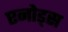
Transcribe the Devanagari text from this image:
एनोड्स